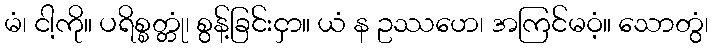
မံ၊ ငါ့ကို။ ပရိစ္စတ္တုံ၊ စွန့်ခြင်းငှာ။ ယံ န ဥဿဟေ၊ အကြင်မဝံ့။ သောတွံ၊